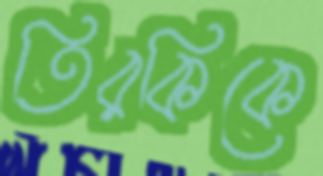
তিরকিকে